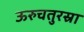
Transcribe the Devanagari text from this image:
ऊरुचतुरस्रा